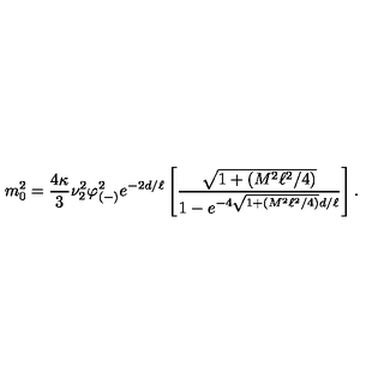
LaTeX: m _ { 0 } ^ { 2 } = { \frac { 4 \kappa } { 3 } } \nu _ { 2 } ^ { 2 } \varphi _ { ( - ) } ^ { 2 } e ^ { - 2 d / \ell } \left[ { \frac { \sqrt { 1 + ( M ^ { 2 } \ell ^ { 2 } / 4 ) } } { 1 - e ^ { - 4 \sqrt { 1 + ( M ^ { 2 } \ell ^ { 2 } / 4 ) } d / \ell } } } \right] .